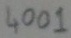
Text: 4001